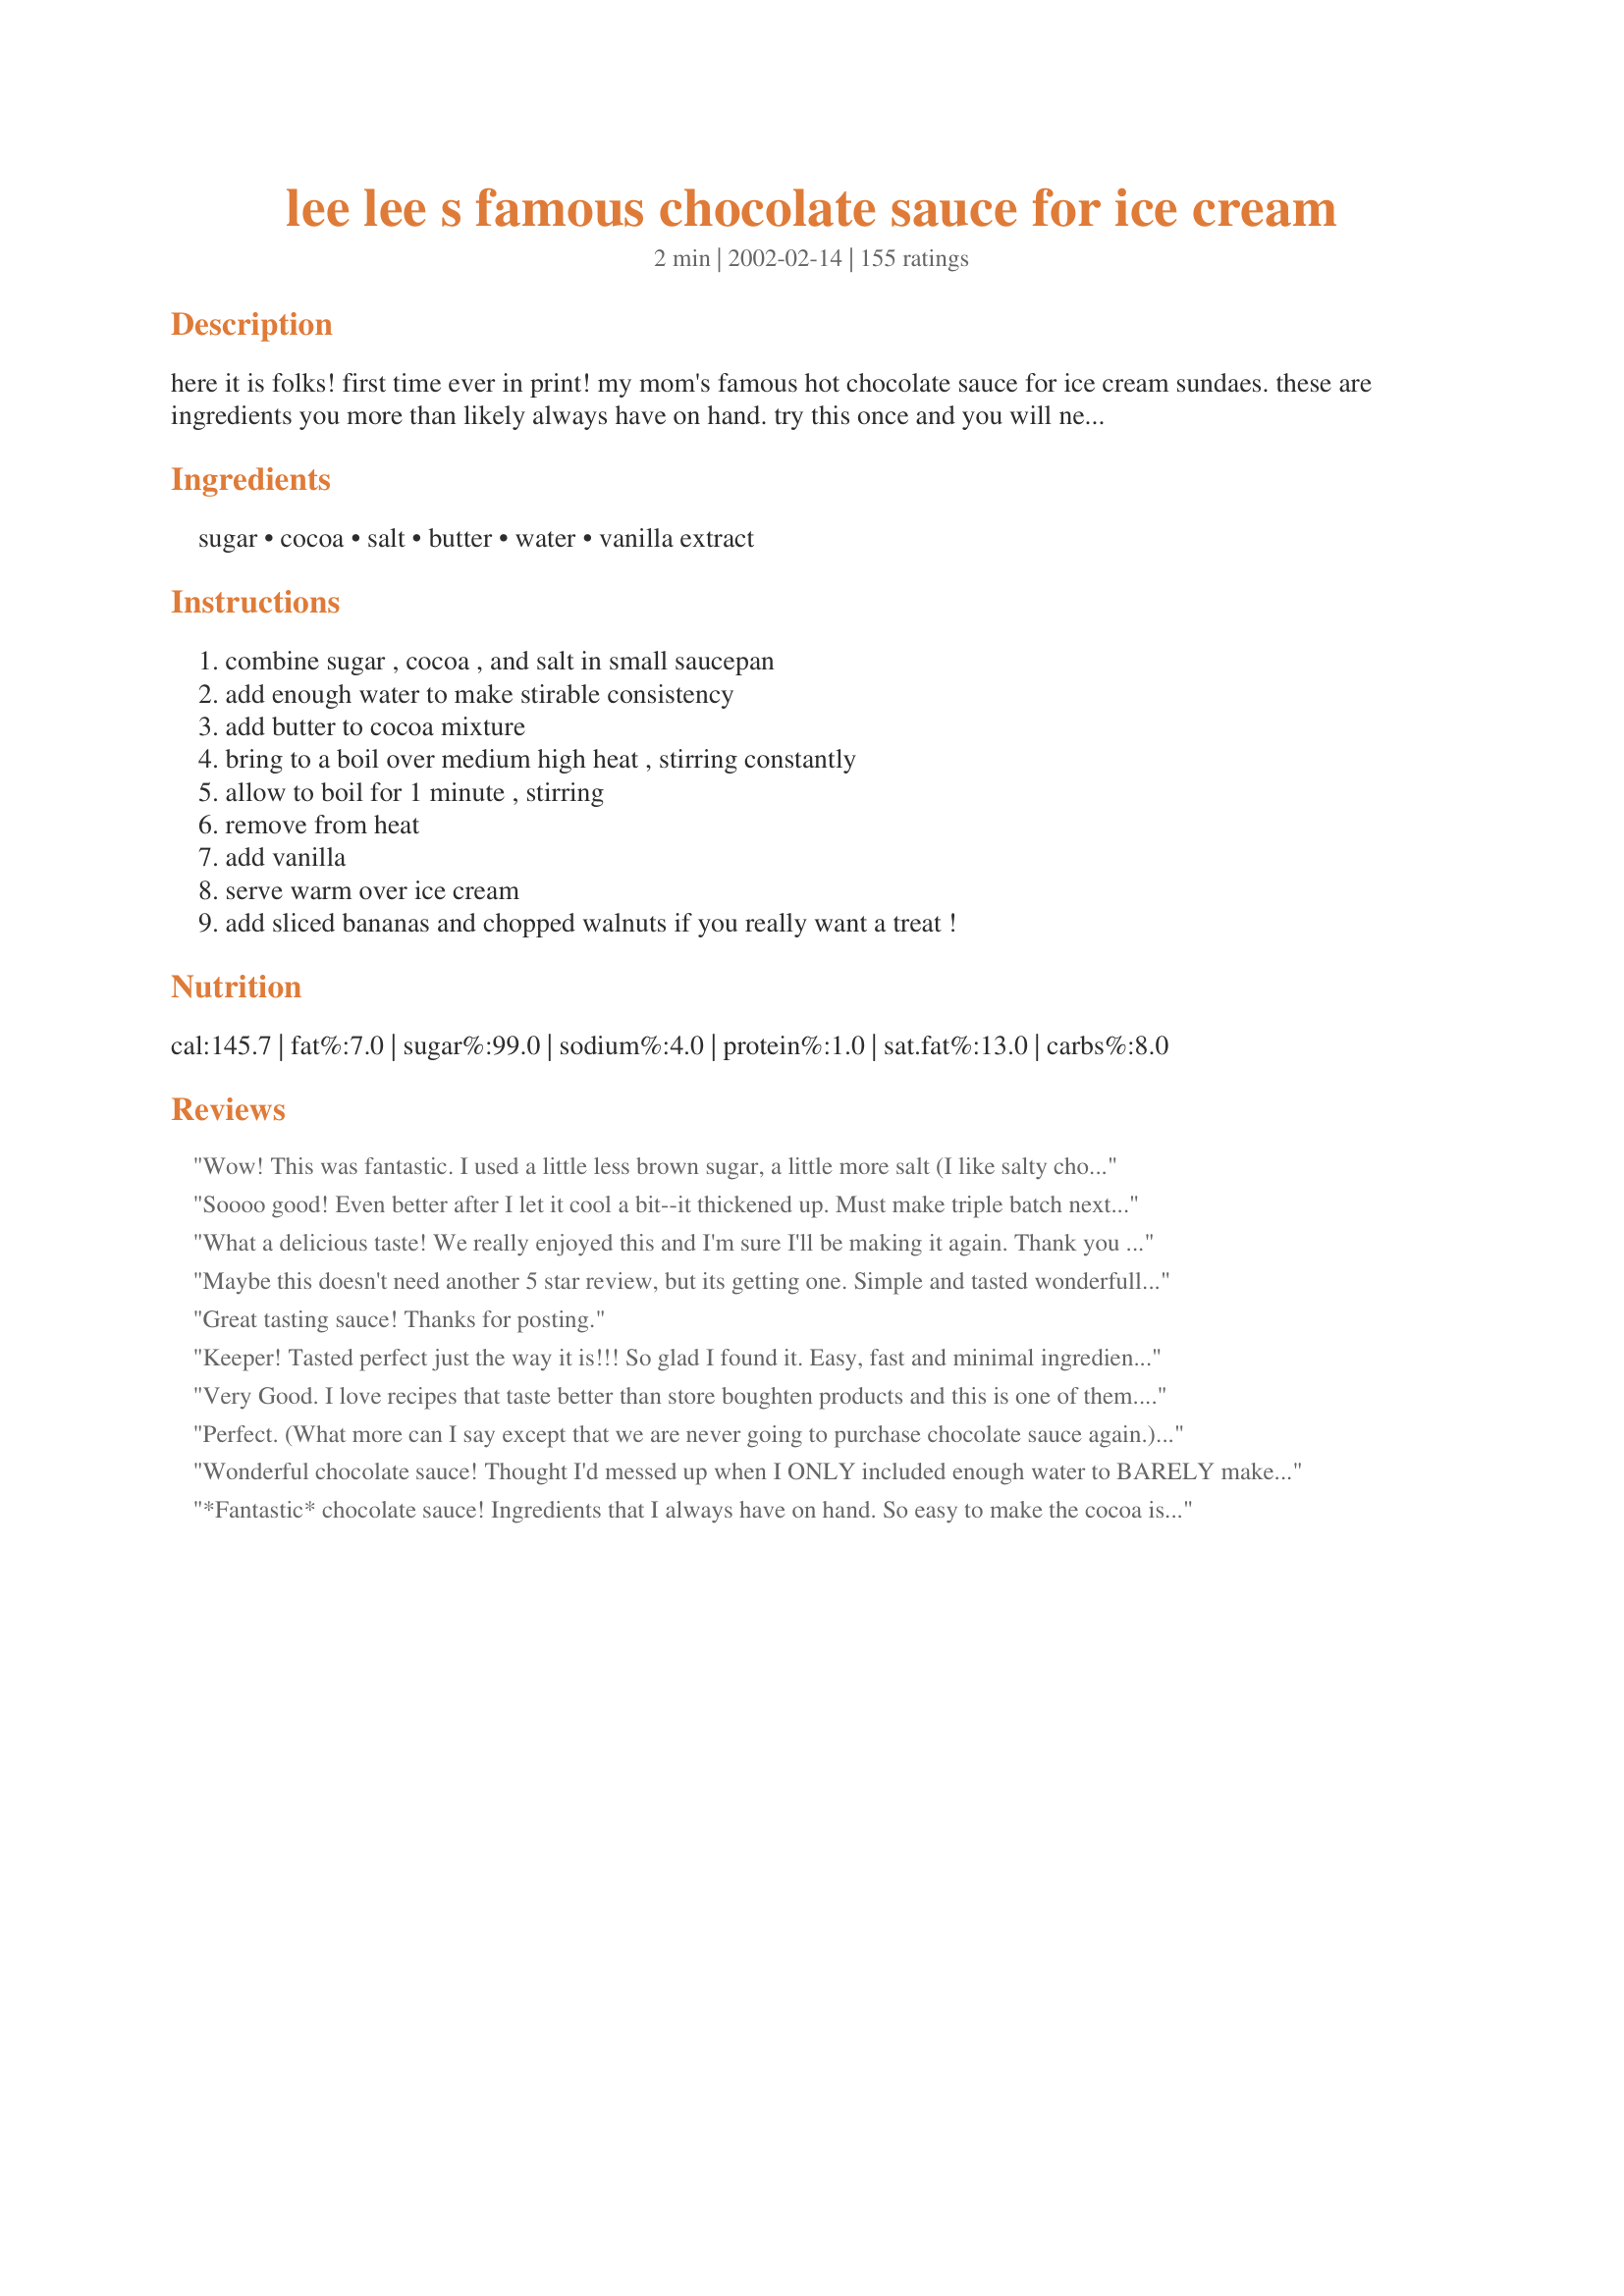
lee lee s famous chocolate sauce for ice cream
Preparation time: 2 minutes

here it is folks! first time ever in print! my mom's famous hot chocolate sauce for ice cream sundaes. these are ingredients you more than likely always have on hand. try this once and you will never buy store bought sauce again!

Ingredients:
sugar, cocoa, salt, butter, water, vanilla extract

Steps:
combine sugar , cocoa , and salt in small saucepan, add enough water to make stirable consistency, add butter to cocoa mixture, bring to a boil over medium high heat , stirring constantly, allow to boil for 1 minute , stirring, remove from heat, add vanilla, serve warm over ice cream, add sliced bananas and chopped walnuts if you really want a treat !

Reviews:
Wow! This was fantastic. I used a little less brown sugar, a little more salt (I like salty chocolate) and a little more Cocoa Camino Organic Cocoa Powder and it was incredible!! We fought over who got to lick the pan! In fact, it was amazing even before I added the butter, so I may cut down on that next time too. Super quick to make. I spooned it over Geema's Banana "Ice Cream" (recipe 55255). This will be used A LOT!
Soooo good! Even better after I let it cool a bit--it thickened up. Must make triple batch next time. Single batch was enough for 3 bowls of ice cream.
What a delicious taste! We really enjoyed this and I'm sure I'll be making it again. Thank you for such an easy, tasty recipe.
Maybe this doesn't need another 5 star review, but its getting one. Simple and tasted wonderfull. Served over homemade vanilla ice cream, plus dipped a fresh strawberry in the leftover. Yummy!
Great tasting sauce! Thanks for posting.
Keeper! Tasted perfect just the way it is!!! So glad I found it. Easy, fast and minimal ingredients. The water was perfect! Tastes beautiful! Tyty Ty!
Very Good. I love recipes that taste better than store boughten products and this is one of them. Thanks for a yummy and easy treat.
Perfect. (What more can I say except that we are never going to purchase chocolate sauce again.) Thank you for sharing this recipe!
Wonderful chocolate sauce! Thought I'd messed up when I ONLY included enough water to BARELY make the chocolate stirable, & it came out sugary & THICK! Well, I boiled water & poured in the amount that I'd omitted, & it was great! It's great on frozen yogurt as well as cottage cheese, AND I used just a small amount on top of chef Lawsome's recipe # 268244, recipe #268244!! Thanks for a great taste treat!
*Fantastic* chocolate sauce! Ingredients that I always have on hand. So easy to make the cocoa is just right for our tastes! I did use berry sugar/superfine I find it dissloves faster than regular sugar. Im so happy to find this recipe as it is one that I will be using alot no more store bought chocolate topping in this house! Thanks Bev for sharing this recipe with us.
Great recipe...and so simple to make. I used splenda instead of sugar and it was absolutely delicious. Thanks Bev
I have a very picky 4 year old and I made him french toast for breakfast, he usually likes it without syrup so I decided to try the sauce on it to see what his reaction would be....well as it turned out he actually at 5 pieces of french toast in which he NEVER does and I know I will be using this from now on when I make french toast :-)
I was surprised by how much I liked it. The Bestest ever!!!
Wow! I cannot believe something so simple can taste so good! I was searching for something easy to make for deesert for a Mother's Day BBQ (I was feeling a little under the weather, but still wanted to serve a nice dessert) when i came across this recipe. I followed your directions as posted and it was a fudgy gooey success! i served this over vanilla ice cream and it was a perfect ending to our meal. I will never buy hot fudge sauce again! thanks Bev!
OMG! So easy to make and it was like the chaos of my kids disappeared while I was eating it. Wow!
I doubled this recipe and used heaping tbsps of cocoa. I also substituted milk for the water. It took minutes, and while it's not the best chocolate sauce ever, for a recipe this simple with things that are always in the pantry, it's earned all 5 stars.
Turned out grainy when it cooled. I have company coming soon. What can I do?
I&#039;ve tried some different chocolate syrup recipes, but this one is a keeper. The recipes without butter are not as good. I quadrupled the recipe, and used regular cocoa powder, not Dutch processed. I did boil it a little longer and add a handful of chocolate chips at the end to make sure it was thick. It ended up just a little thicker than it needed to be, and just the slightest bit grainy, prob from the choc chips. Next time I&#039;ll make as directed.
Great recipe! Very easy, and the ingredients are items that many would have on hand! I used 1/3 cup of water when I made this.
Thanks for sharing!
This is the same recipe my mother used to make and it is easy to make and absolutely delicious!
Wonderful sauce...loved by all! Will definately be making this again. Thanks for sharing!!
I am late in rating this as I have made 4 batches of this wonderful chocolate sauce so far.
I made it exactly as posted and the only problem is----now we eat more ice cream than we ever have.
Thanks Bev for a wonderful recipe.
So simple and SO good!
SO good and SO easy. Loved the buttery taste this sauce had.
I wouldn't normally add my comments to a recipe with 75 reviews & I only read the first few reviews.......... I don't know if any of those 75 chefs found a use for this sauce other than pouring it over ice cream. 
I allowed the sauce to cool slightly so it started to thicken, added some sliced strawberries and placed on crepes. I folded the crepes, topped with whipped cream & shaved chocolate. Voila - a very elegant dessert! Thanx Bev!
This is a wonderful recipe!! I substituted half & half for the water and used turbinado sugar. This made a perfect topping for vanilla ice cream and spanish peanuts. Everybody went crazy over the sauce. I caught one person licking my pan!
The only good part about our family having a cold is having this chocolate sauce over vanilla ice cream! I've made it twice this weekend (now it's memorized). Thanks Bev.
Roxygirl
I wanted a chocolate sauce made with cocoa and this popped up. I doubled the recipe and used Earth Balance because we rarely buy butter. I think it made the sauce a little salty but it was still excellent. I look forward to trying it with coconut oil. It's so simple and quick and clean up was easy. The only negative is that I burned my tongue because I couldn't wait to taste it. Thanks - I'll look for more of your recipes.
So easy and delicious! I can't believe that something that takes less than 5 minutes to make can taste so good! I followed the recipe with the exception of using 1/2 t vanilla and I used judgement with regard to the water. IMO 1/4 C might be to runny...this is definitely one to keep! Thanks so much for posting!! Beth
No complaints here! I used probably 2/3 the amount of water suggested, if that, and I accidentally put way too much vanilla in. Regardless, this was absolutely delicious. What a great recipe! I love that it doesn't have cream in it, because I usually don't have that on hand - and heaven forbid I plan these things in advance! Thanks Bev.
Great recipe! I got a bit creative and made a change. For those interested:
Substituted the 1/4 water with about a 1/2 coconut milk. Poured the "sauce" over a chocolate cake with coconut & chopped pecans on the bottom of the cake pan. Try THIS with ice cream and a little more sauce!
This is fabulous - the perfect recipe for when one really needs a chocolate fix. It whips together in a flash, uses just a few ingredients that I always have on hand and tastes terrific. I added a teaspoon of expresso powder the second time I made it - yummy mocha sauce.
This actually lived up to its reputation. It was a delicious sauce with the butter giving it a rich flavour. I even tweaked it a little by adding 25g of couverture at the end to make it a bit thicker. Highly recommended.
This was awesome - and so easy! Just made a double batch of this for a (large) dinner party where the (easy) dessert was homemade chocolate brownies (Food.com ID #32204!), vanilla ice cream, and two pitchers of this delicious chocolate sauce left on the table so that guests could help themselves. Easy, delicious, and made exactly as instructed, thanks!
Yummy!! Made this tonight with my 13 year old son while holding my 5 week old granddaughter...it is that easy!!! Served it over vanilla ice cream and box-made brownies-the sauce made all the difference in the world. Everyone loved it! Step daughter went back for seconds! Will defiitely make this again. Thanks for sharing.
Made the sauce for tomorrow to celebrate my nephew's B-Day and of course I gave it a try! It is so yummy and the best part so natural.
Just made this for dipping strawberries into. Really easy and quick to make with stuff I already had lying around - instant chocolatey satisfaction!
"There...are...not..enough...yummy...adjectives", she says between bites! I made this to accompany SusanRW's Old Fashioned Ice Cream. My family ate and ate and ate. NEVER buying chocolate sauce AGAIN. Thanks, Bev.
What a great 'panic' recipe! As long as you have ice cream in the freezer, you can conjure up a delicious treat for unexpected company in a heartbeat. I do agree with Moreplease! that it's only enough for 2 servings, even though I flatly deny that we're l'il piglets... :)
I can't believe I haven't rated this yet! I make this all the time, it's THE homemade hot fudge sauce. it's just like my grandma's recipe, but with the kinks (ie cooking time) worked out! Thanks so much!
I have made this several times and my boys love it! Quick, easy and delicious! Thanks for sharing!
Made half a recipe to try it, adding it to my mint coffee. YUM.
Perfect! Rich and chocolately and so easy to make. I think the quantities are perfect. Much nicer than any chocolate sauce I've bought. You don't need to put too much on because it is so rich. Definately a recipe I will make again.
Thank you so much for posting this! You weren't kidding.. I WON'T be buying store bought chocolate sauce again. This stuff is much better, and cheaper!

Update: I have made this several times now. I double the recipe, and only use half of the vanilla (so still 1/4 tsp) but then add 1/4 tsp of almond or coconut extract as well- (or both)yum!
Couldn't be better - and easier! I like the fact that it is wonderful tasting and only uses plain cocoa, sugar and water, and not much else. All of them are always readily available, no matter what.
Really excellent! It took a bit more than 2 minutes to make, but after reading the instructions, I kind of expected that, so it didn't bother me. Total prep and cooking time ended up about 7 minutes. This is good stuff, folks. I'm definitely making it again!
Loved by all. A real winner.
I have made this sauce at least a dozen times! It turns out perfect everytime. I never have to buy chocolate sauce at the store anymore. Thanks!
I always have these ingredients on hand! It's always great to find recipe's and don't have to run to the store! Not only was this convient, it was easy, not to mention, like Swan Valley said, YUM YUM YUM!!!!!. Thank you Bev for adding this recipe. It is perfect as it sit's. I did not change anything!
Another winner from Lee Lee -- I would have been 300 lbs had I grown up in her house! The butter made all the difference. I made two batches, one as directed and one with dutch processed cocoa. As expected the dutch version was darker and richer tasting, but may be too intense for some -- more of an adult taste. Note, I used unsalted butter, but I don't think it would have made any difference either way.
This chocolate sauce reminded me of when I was younger and our neighbor always made homeade ice cream and chocolate sauce. This is her exact same recipe ( I think...lol) It is delicious. I was thrilled to be able to share this with my kids. They loved it and was ready to like the pan clean when they finished their ice cream....lol. Thank you so much for taking me down memory lane again.....Stephanie
What a great recipe! So quick and easy. The taste will definitely depend on the quality of your cocoa. I used plain old Hershey's cocoa and it still turned out great. My husband was drooling over it. The cooler it is the thicker it gets. Thanks very much!
I made this one day, tasted it, fell in love with it, and the following day made a quadruple batch to serve on ice cream at a birthday party. It got rave reviews all around. I followed the recipe except for increasing the amount of vanilla to 1/2 tsp. Used the full amount of butter. Will never again buy chocolate sauce...
I attempted to make a good chocolate sauce a few times when I was a kid and it was a dismal failure. This is a fantastic recipe!! Easy to vary with different extracts but also adding coconut oil like other chocolates adds a real richness. Awesome! You&#039;re right...I&#039;ll never buy another one again. :O)
Very good and quick chocolate sauce. It definitely needs to be doubled, the recipe make a small amount. I used Hershey's Dark Special cocoa powder, it worked great. This is a thin sauce, don't expect a thick hot fudge. It did separate and formed a skin when refrigerated nothing that couldn't be fixed by stirring! Tasty!
This was really good. I will probably try to make with splenda next time to cut back on the sugar. I'm sure I will make again. Thanks
This is sooo good and really easy to make. We've been making banana splits and homemade "peanut buster parfaits" (top your ice cream with salted spanish peanuts, then the chocolate sauce) using this recipe. Thanks so much!!!
A keeper! I halved the water and it came out all yummy and gooey! Tip: if you use salted butter, leave out the extra salt. Delicious! Thanks, Bev
We used coconut oil in the place of the butter, and it turned out wonderfully.
Super fast and easy. I would reduce the salt to just a pinch next time.
Yum, Yum, YUM!!! This was quick, easy, delicious, and the ingredients are always on hand!! It doesn't get any better.
I replace the butter with peanut butter. Yum!
Ok no more buying the plastic bottle of chocolate sauce. This is so easy and SOOO good! I always have cocoa and sugar in the pantry. There is so many posibilities...a little peppermint extract, a little raspberry...hmmm. I made the basic as per instruction chocolate sauce and my kids went nuts over it. . Thanks a bunch.
Made this as a drizzle topping for my cream cheese brownie pie. Although I used a little less water. But it was wonderful and made a great presentation.
This is very good! I actually made this a few months ago and we served it over vanilla ice cream. We all liked it but I thought it was a bit too sweet, so next time i might add a little more cocoa.
yummo! I have gave up on bought sauce years ago, never finding one I thought tasted good enough and didn't have a heap of rubbish in it. Craving a soy frappe tonight but not having any chocolate sauce we came to your recipe and it is so delicious. I didn't think chocolate sauce could taste this good. Thank you so much for sharing.
didn&#039;t work for me. I timed the boiling one minute, but it was hard when I put it on my ice cream...and I really tasted no significant flavor either.
I agree, this is a wonderful chocolate sauce. I made mine with Splenda instead of sugar and it still was great! Now I can have chocolate sundaes with the kids.
On top of recipe#462758 with extra sliced organic bananas on top. Wowie. Like my mom used to make for the ice cream dessert we ate all to often. I made ours a bit healthier using organic cane sugar, organic fair-trade cocoa powder, sea salt, light tasting extra virgin olive oil to be dairy free, & alcohol free vanilla from the health food store. I will make this again for DH to try those pancakes! Made for Healthy Choices Tag Game 2013.
Another superb recipe from Auntie Bev'll's treasured collection - I'd recommend this to one and all! I made this beautiful deep dark chocolate coloured sauce tonight (I went "mmmmmmmmmmmm" over the stove and I almost landed half way into my saucepan, eyes closed and my nose drooling over the chocolate aroma that gently simmered under me!)when I had this terrible chocolate sauce craving. I am so glad I did! I used 2 tbsps full of margarine (as I didn't have butter on hand) and 1/2 tsp. vanilla essence, but 110%, I'll use only 1/4 tsp. of essence next time, as I found using 1/2 tsp. more, because the sauce was strong and hit in my throat. I'll go with 1/4 tsp. essence next time. I poured a bit(a generous bit, may I add!) of this over some chilled cold vanilla ice-cream and sat down for a treat under the beautiful sky on my terrace and enjoyed the soft winds and the warm sauce that took me way beyond chocolate heaven! Thank you and kisses to you for sharing this, Auntie Bev'll- you're so sweet(Much much more than this sauce)!
Amazingly simple and similar if not the same sauce restaurants use.
Mine was grainy and crunchy.. Disappointed that @Bev I Am doesn't respond to questions.
Excellent!!! This was incredibly easy to prepare and soooo yummy. I followed Lennie's suggestion and added extra vanilla. This chocolate sauce was a huge hit. Bev, thanks for posting this delicious recipe.
So delicious! Tastes so much better than store bought. Thanks!
So good and easy to make!!! I would use a bit less water to make it thicker, but the texture with 1/4 was fine. I loved it, and plan to surprise my family with it soon. Thanks!
I served this over Rum and Butter Glazed pineapple. The pineapple is grilled for about 20 minutes (to get really nice grill marks)....then serves with ice cream and a good drizzle of the choclate sauce. On white plates, the presentation was beautiful. I also like the fact that you can cut the recipe in half for smaller amounts for 2 people or for decorating the plates (and you don't want leftovers) We rent a condo in Hawaii every year and I am always searching for easy recipes to take along with me...so I know that this will be tucked away for such an occasion. For something so easy to make, this is truly decadent!!!! Bet ya' can't keep the fingers out of the pot!!!
Very nice chocolate sauce - thanks for sharing!
Just what I was looking for, simple and easy, and no corn syrup, artificial flavor or preservatives.
OOOOh this is so lovely!!! I would say this is quite a "grown up" sauce..my daughter found it caught the back of her throat but I used quite a good quality cocoa..don't know if that made any difference. I made double and put some in a bottle in the fridge but have to zap it in the microwave to pour it so maybee next time (and there will be a next time) I would add a bit more water so can use it cold?? Not sure if that would work or spoil it. Anyway thanks for gorgeous recipe!
Absolutely delicious! This was so quick and easy to make and very delicious. I used the quantities in Australia without doing the metric conversion and it worked perfectly - I even added too much water accidentally and it still turned out terrific. We used it on ice-cream for a delicious desert and then the next day had left overs chocolate sauce and berries on pancakes for breakfast! Thanks Bev for sharing such a tried and true family secret.
This is a dependable chocolate sauce to make because you are most likely to have all of the ingredients on hand. The flavor is really good. The one-fourth cup water made it a little on the thin side for my liking so next time I'll use less water.
Very easy sundae sauce! I typically make my homemade sauce with chocolate and cocoa (or just chocolate), but as I was out of chocolate I thought I would give this a try. That was a good idea! The only change I made was to add 1/2 tsp of vanilla, instead of 1/4 tsp (I also used the full 2 tbsp of butter). This was easy to whip up and tasted great, served warm, over vanilla ice cream.
Just made this so simple recipe, using no cream or milk, and it is delicious. I am going serve with choc. brownies and homemade peanut butter ice cream. Thank you for the recipe. I rate this at least 4 stars.
Holy moly was this good. I made just as directed and ate over vanillia ice cream. It's wonderful. Better than any other chocolate sauce I've tried. Thanks for posting. My hats off to Lee Lee!
this picture is worth a million words
Fantastic chocolate sauce in spite of an unfortunate turn of events. I discovered my gas range was on the fritz after I had already mixed the dry ingredients with water. So I transferred everything to a microwave safe bowl, added the butter and nuked it for 1 minute. I then pulled it out, stirred, added the vanilla and stirred some more. It turned out beautifully! Not only does it taste good, but it's fool proof. Thanks, Bev, for a keeper!
I made a double batch of this and it has been a hit with ice cream. So easy and so very good!
I made this, but only used one tablespoon of sugar with a dash of stevia for sweetness. We poured it over a banana split, and my kids loved it!
I stumbled upon this recipe while looking for a simple quick chocolate sauce for my mint cookie ice cream pie. I did make a few changes. I doubled the cocoa and sugar because as it is there is not enough for more than 4 people. I left the salt at 1/4 teaspoon and added 6 Tablespoons of salted butter. I used about a 1/2 cup of 1 % milk instead of water. Even without my changes this recipe is the bomb!!! I added more butter just because I like a little less bitter chocolate. This sauce is Silky Smoothe and the perfect chocolate flavor with a hint of salt.
So yummy!!! I made several batches of this to give as gifts and it couldn't have been easier! I did add a bit more vanilla, but really in the end I couldn't tell much of a difference from the extra. I gave tastes to my kids and they both instantly wanted to know if they could have more!! Thank you!!
This is some of the best chocolate we've ever had.
It's nice to know it's only 3 minutes away.
Very good, simple and quick. I replaced water with homemade maple syrup!! Super yum!!
So easy...and so delicious. Only way to eat vanilla ice cream is with chocolate sauce and this one is terrific! No need to buy store bought any more. Always have these ingredients on hand. Thanks for sharing!
Very easy to make using 'on hand' ingredients. had this over 'French Vanilla' Ice Cream and topped with chopped pecans. Thanks for posting this great'keeper' :)
Very easy to make this wonderful chocolate sauce! It tasted like hot fudge, and it was ready very quickly!
This was a little different than what I was expecting, I kind of had hot fudge in mind I guess--But this was soooooo easy and absolutely delicious, very unique flavor --much better than that old store bought stuff. Thanks a bunch. P.S. If you make this do double or triple the recipe or you simply wont have enough of this wonderful sauce.!PeggyLynn
For this certified chocoholic, this hit the spot. Four to six servings? Not.
Truly great chocolate sauce! I used part Splenda and light margarine and it still tasted rich and delicious. Will definitely make again.
I'm adding my kudos to all the others. Made as written, doubled the recipe and enjoyed it. Thanks for posting.....Janet
Really easy and tasty too. made it a day in advance and refrigerated it. Thanks!
I found the chocolate flavour not strong enough. The best ratio of cocoa to sugar is for every tablespoon of cocoa add 1.5 tablespoons of caster sugar. By adding less sugar, it made a very tasty chocolate sauce. I heated it in the microwave, and that worked fine.
Perfect, and so easy! I use this on the Too Much Chocolate Cake on the Allrecipes site and top the cake with a bit of vanilla bean ice cream. Fabulous!
Definitely a keeper and one I will make again. This thickens nicely as it stands.
Thanks Bev for this great chocolate sauce. Very easy and quick to make. I made two double batches as my hubby has a sweet tooth. I put it on #12177 Charishma Ramchandani's Oreo Cheesecake. It was big hit for my husband's Birthday. I also used the full 2 tablespoons of butter and just 1/4 teaspoon vanilla for each batch. Thanks again Bev ..
Absolutely perfect chocolate sauce! Comes together as quick as finding a jar of hot fudge sauce among the condiments in the fridge and microwaving it! I use this recipe all the time. Thanks so much for sharing it.
I liked it, my family didn&#039;t. They said it was too stringy and grainy to beat my other recipe. I added abt. one tsp. vanilla, used dark chocolate coco, and also added abt. one tsp. mint extract. the flavor was really dark and minty. :) (The most likely reason for it being stringy was me cooking it too long, making the sugar start crystalizing )
Awesome! Everyone said it was the best they had ever had and we have prepared it over and over again. Thank you.
Simple goodness. My friend asked me the other day to go out for ice cream but I didn't want to because I was thinking of this sauce I could make at home. Thanks!
It&#039;s great with peanuts and bananas.
I will never buy chocolate sauce again... This is far too easy and tastes amazing with ingredients that I will always have in my house. I like to substitute the water for milk or heavy cream but even when I don't it is absolutely amazing.
How should leftovers be stored?
This is an easy, excellent chocolate sauce. It's nice and gooey and has a wonderful flavor.
My daughter wanted Choc. Sauce to go on ice cream tonight. So we found yours and it was amazing. My 7 year old keeps going back for just the sauce.
Fabulous! I too used the full 2 tbsps. of butter and 1/2 tsp. vanilla. This is just too darn easy to make with ingredients that are always on hand.I used it over some candy cane ice cream and can't wait to try it on a banana split! YUM! I also like Michelle's idea to drizzle this on cheesecake...lots of possibilities!This could prove to be very dangerous for my waistline!! For the ease & taste of this you are right, i can't see bothering with storebought anymore. And I am nursing a head/sinus cold right now which is why I wanted ice cream in the first place,(so why not make it an extra special little treat!! :))If this tastes any better the next time( sure my taste buds are off a bit) I will be even that much more impressed! Thanks, Bev!
What an incredible treat! I cannot get over how something that goes together so easily has such awesome flavor. I served this drizzled over cheesecake and sprinkled with toasted chopped almonds. This brought plain cheesecake to a whole different level. Thanks Bev for sharing a treasured family recipe, I am sure we will treasure it as well.
I hate when I realize I've never reviewed a recipe, especially a really GOOD one. I tried this over the summer and lost count how many times my family requested it after that. I'll never buy fudge sauce again. Worthy of much more then 5 stars.
Love it!!! I'm pregnant and find this amazing... when I need a sweet treat and need t now my partner makes me a chocolate brownie in a mug that takes a couple minutes and this yummy easy chocolate sauce.. add some ice cream and in 5 minutes I have the best dessert a pregnant girl could ask for!! :)
Excellent and easy! I added a whole tsp of pure vanilla for a richer flavor.
What a great tasting sauce. I made it last night for a special Saturday. My husband said quit buying the stuff in the can and make this instead. Mine was alittle this so I will have to make it again. Thank you soooo much!!!!
WOW! So simple to make yet so decadent. My family loved it we had it over banana ice-cream and it was fantastic. Much better than the store bought varieties and the ingredients are always on hand. Thanks for sharing!
Thanks for a superb recipe! We were both wanting a chocolate fix following a heavy meal and did not have any chocolate in the house... Am presently writing this review at the same time as my partner is finishing off the rest of the mixture from the bottom of the saucepan!!! (she is threatening to lick the pan clean!)
21 reviews and THE d-e-l-i-o-u-s photos by Pamela,definitely grabbed my attention.So off I went to try this and may i tell u it is not so different from the other reviewers......EXCELLENTLY,GORGEOUSLY,DIVENELY,CHOCODELICIOUSLY........yUMMMMMMMMMMY.....thnx BEV...(just wish i could have a better metabolism!!)
Excellent! I'll never use store bought again!
Thank you so much for such a quick and easy recipe. I have made it twice in a week. The second time was a double batch.
YUUUUUUUUUUUUUUUUUM! I don't know why it took me so long to rate this, but you are exactly right...no more store bought sauce. My DH wants ice cream every nite and I had better have this sauce to go with it or I get the sad puppy dog eyes and the "Where is my chocolate sauce?" look. THanks for sharing.
Bev, thank you for submitting this treasured family recipe! It is delicious, easy to make, and uses ingredients that I always have on hand. I can come up with a real treat for the grandchildren (and the adults, too) on the spur of the moment. TY
This is a very excellent chocolate sauce indeed. Perfect for our Sunday night treat! Will make again, thanks for the recipe!
What a treat this was and so simple! I think next time I'm going to make it with whole milk or heavy cream just to make it even more over the top! :)
Fast, easy, not running to the store, delicious! What else could you want you have a chocolate craving and you only have cocoa powder on hot day? We looked in the freezer only to find vanilla ice cream, which is good but not helpful when you want chocolate. I offered to make a sauce and took this one as it only needs 3 minutes, but it tastes much better than that little time and work. Thanks, both DH and I loved it.
wow, this is really good and really easy. Thanks so much for sharing!
Just the recipe I was looking for! My daughter doesn't like cake, but loves brownies. She and her friends made hot fudge brownie sundaes using this recipe for her birthday. Quick, easy, and most importantly, DELICIOUS!! Thank you for posting!!
I've made this several times and it is perfect even served cold. Thanks for posting a keeper!
I make cakes from home and sell them, and I've always used the chocolate syrup from the bottle for years, but I had gotten an order for a upside down brownie cheesecake and I knew to make that cake its best I couldn't use the syrup from the bottle so I searched for a recipe for chocolate sauce I came across a few but none of them had the right measurements for a 4 inch cheesecake that I was making accept for this one. So I decided on this one out of all the other recipes. and it was heavenly, after that I made some other chocolate sauces from recipes that I've seen online and for some reason this one is the best. I'm beginning to think its the exact ratio of the measurements per ingredient that gel so well to produce such a perfect tasting chocolate sauce. As I've said I use this on cakes not ice cream I have yet to that but this sauce is amazing, the only thing I tweeked is the chocolate itself, I use 1 tablespoon of natural cocoa and 1 tablespoon of the Dark special cocoa and add another tablespoon of sugar and a tablespoon of evaporated milk. and I do that only to give it that rich chocolate flavor its so good too. I've made this sauce with and without me tweeking and it is still the best. and if you need more just double it. and it still comes out great. Thank your mom for this amazing recipe, she must have put her foot in this one.
I love love love it. For us, it serves 2!! So great warm on ice cream!!! So quick and easy to throw together! Thanks!!
I could not believe how easy and fast this luscious sauce is!! I can't wait to make more,
I used 1% milk for a creamier taste! Great recipie as is though!
Great-tasting chocolate syrup that was easy to make! I doubled the recipe, and it worked fine, but I did boil the chocolate mixture for an extra minute or so to reduce it a bit. Perfect over vanilla ice cream, with a homemade brownie. Thank you, Bev, for sharing your mom's recipe!
Yum! Very easy and quick, ingredients that are always 'in stock,' and a perfectly satisfying rich, chocolatey taste. Ideal for nights like tonight, when I had one of those 'must have chocolate NOW' moments. I ate it on two bowls of strawberry frozen yogurt (hey--you try stopping after just one!) and a little right out of the pan with a spoon! I know my dad will appreciate this, so I'm going to fix it for him next time he's in town. Thanks!!
Hi Bev,&lt;br/&gt;Not that you need another great review but here it is! Your recipe was the first I came to when I looked up chocolate sauce. I wanted some for my coconut cream pie ice cream. Luckily I had all the ingredients and tried it. I used unsweetened coca, since that is what I had. With the sugar, it was plenty sweet. It was so easy and yummy.....my kind of recipe. This is a keeper for sure!&lt;br/&gt;&lt;br/&gt;Thanks,&lt;br/&gt;Cary
I've made this sauce several times and it is AWESOME!! After this, you will forget those sauces you can buy at the grocery store. I always use a good quality dutch process cocoa for a stronger flavor and everyone always raves. I love it b/c it's so easy and fast to put together, I always have the ingredients on hand, but most of all because it TASTES GREAT! And don't limit yourself to just ice cream, I eat this all the time on everything I can think of. (Try in on Bananas w/PB & Chocolate Syrup #183531)If miraculously you have any leftover, it will thicken a bit in the fridge, but it's OK b/c it tastes great by the spoonfull (I make extra just to eat it like this)and you can reheat it in the microwave to make it pourable again. I've thought about playing around with different extracts to change the flavor but have yet to do so...Only suggestion, double this b/c people will steal this from your fridge (true story!). Bev, you have created a monster...
Super yummy and very easy!
A marvelous chocolate syrup! Very easy to prepare with ingredients usually in my pantry. The flavor is excellent, and I thought the consistency was perfect for my taste. I used the exact amount of vanilla stated since I use Mexican Vanilla and I didn't want the vanilla to overpower the cocoa. Perfect!
Miss Lee Lee, we remember you and your wonderful recipes. Thanks for sharing, Bev! :-)

What a delightfully simple and yet so delicious recipe. I made this tonight and we fell in love with this dark and creamy sauce. I'd like to try this with angel food cake or pound cake and fruit. Thanks
Have to post again that even 2 years later, this is my favorite chocolate sauce recipe. Kids LOVE it and it's so much cheaper (and healthier for you with no hydrogonated gunk in it) than grocery store brands!!!!!

Thanks again!
THANK YOU Bev! An aunt handed down something similar when my girls were small but couldn't remember the ingredients after all these years. My sister-in-law used to add a melted Mars/Snicker bar or two for extra yummy! Will definitely give this a try, thank you.
Delicious and very easy! Its great to have it in the fridge, yu warm it up in the microwave, and ready for enhancing any vanilla ice cream!
Delicious! No need to buy chocolate sauce when this is so easy to make, tastes better and no chemicals!! Thanks for posting.
This is one of my absolute favorite recipes. Please know that this chocolate sauce provided a lot of comfort to a lonely graduate student across the country from her family. It is absolutely wonderful.
Fast & tasty! I added some instant coffee granules to the water (heated up) for a chocolate mocha sauce.
Great! And Easy, too.
If you're looking for"quick".. this was my mother's trick.. Buy a tub of brand name fudge frosting, remove the foil liner, and zap in microwave til the right consistency. Also I see someone in the reviews adding some vanilla extract.. I just tried my French Vanilla extract and found it to be amazing!!
I'm giving this review based on the feedback from my kids and grandkids. I don't eat ice cream but they all love it and eat it pretty much daily! We use a bottled fudge sauce from an ice cream and candy shop in florida (at about $12 per 16 oz jar!!) as a topping because everyone thinks its the bomb - well, it just got replaced by Lee Lee creation!!
Kids and adults alike were ooohing and awwwwing over this - my pregnant daughter in law was lapping it up by the spoonful! Thank you for sharing this one Bev - I have a feeling I'll be making it alot!
I didn't have cocoa, so I used 3/4 oz of a baker's chocolate square and added only 1 T butter. Turned out fantastic!
Great topping. Much better than the bottled type. I was in a rush and just dumped the full 1/4 cup water into the mixture and it became too thin. In the end i have to add more cocoa powder to thicken it up. My own mistake really. Next time, i will reduce the sugar to lessen the calories and guilt. LOL. Thanks so much for sharing.
So easy and so delish! Thanks for sharing. Will not be buying sauce at the store anymore!
